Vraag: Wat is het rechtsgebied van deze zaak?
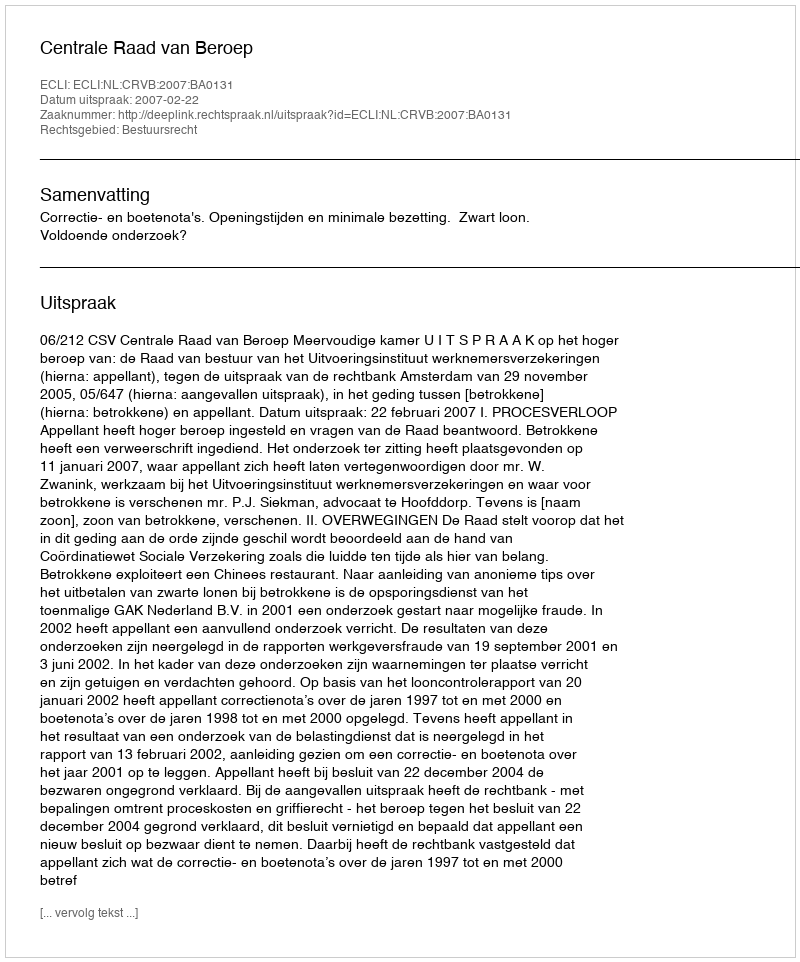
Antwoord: Bestuursrecht